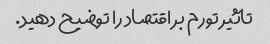
تاثیر تورم بر اقتصاد را توضیح دهید.